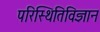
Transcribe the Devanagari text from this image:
परिस्थितिविज्ञान